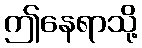
ဤနေရာသို့